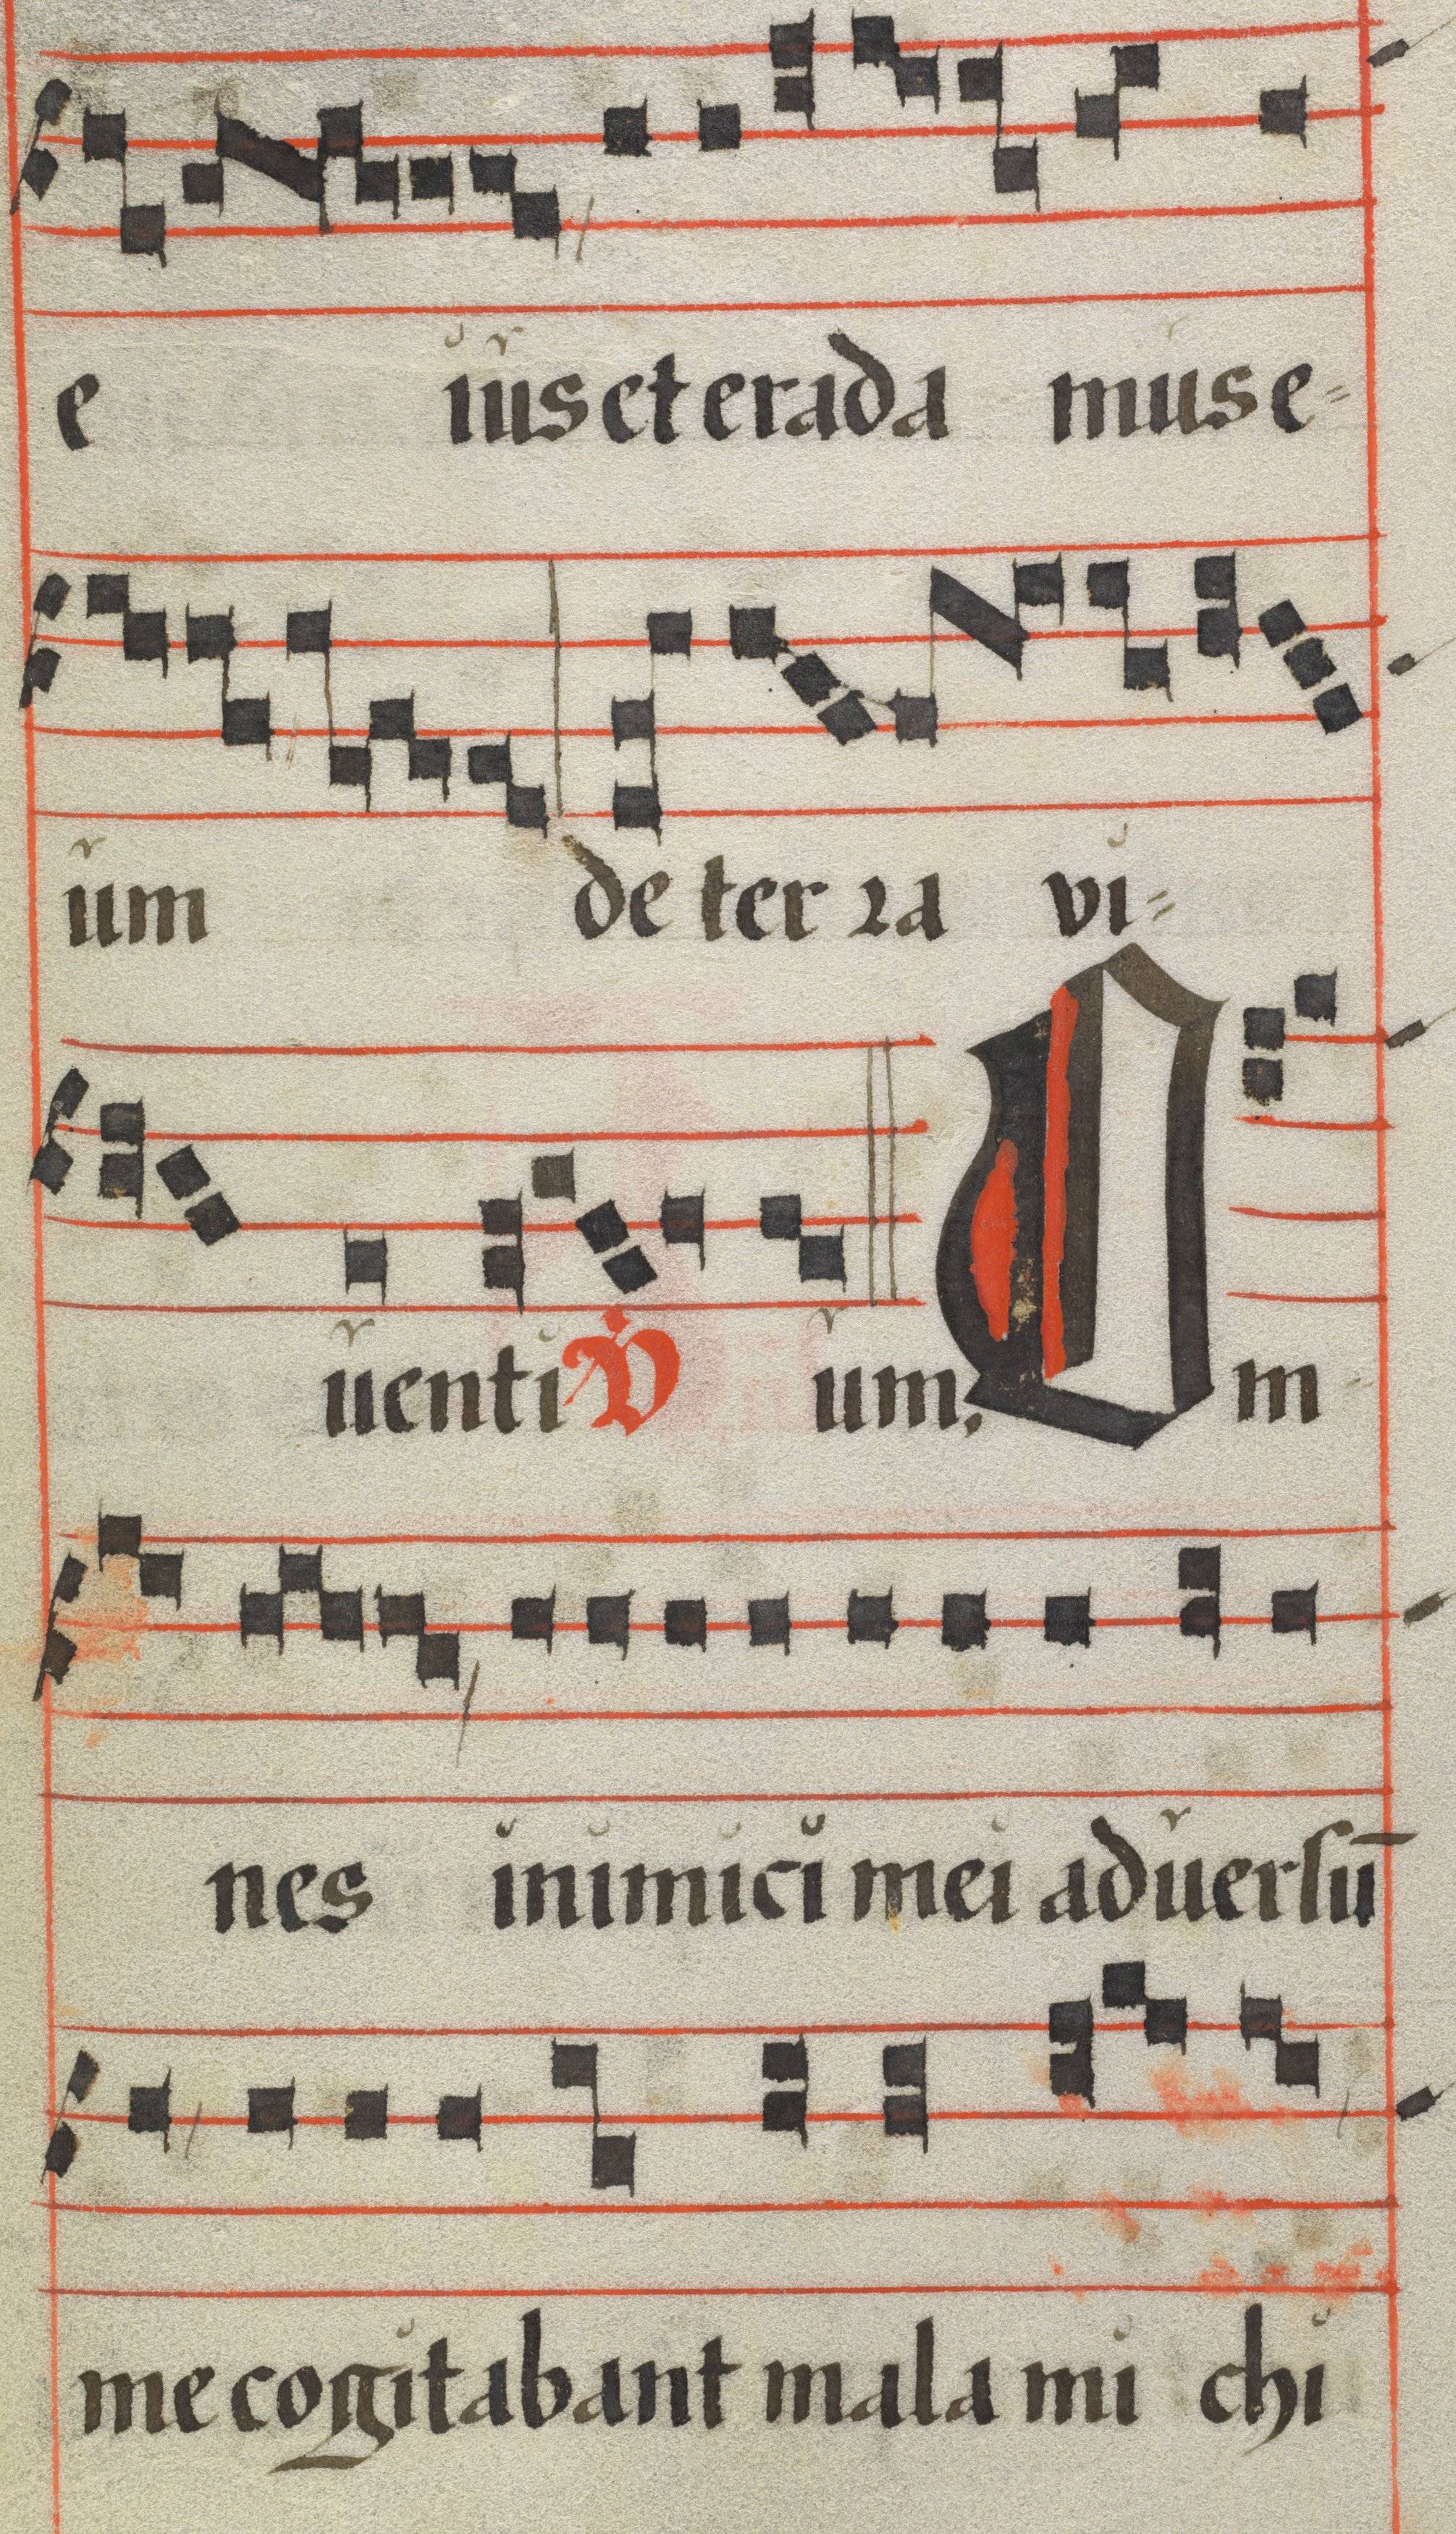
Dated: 1425–1449